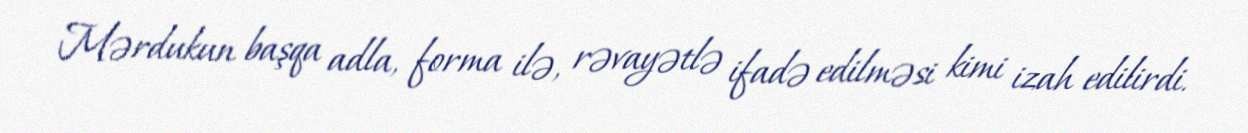
Mərdukun başqa adla, forma ilə, rəvayətlə ifadə edilməsi kimi izah edilirdi.